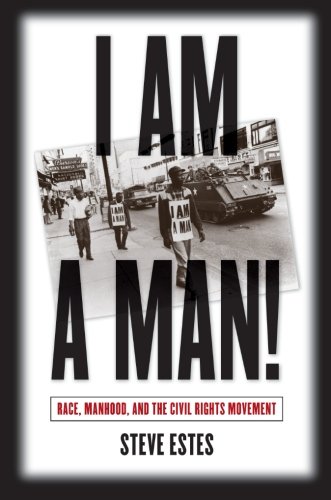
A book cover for I Am a Man!: Race, Manhood, and the Civil Rights Movement; Steve Estes; Gay & Lesbian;